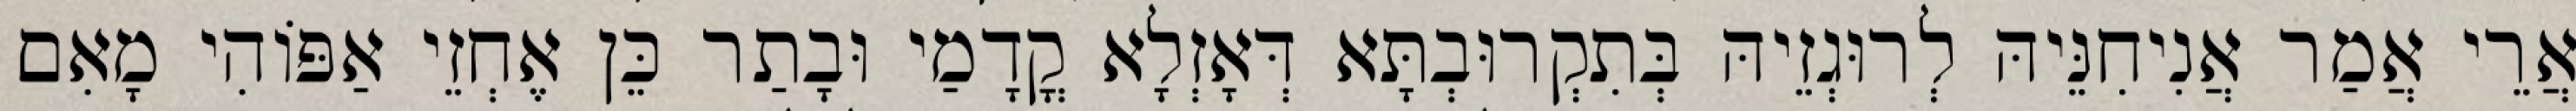
אֲרֵי אֲמַר אֲנִיחִנֵּיהּ לְרוּגְזֵיהּ בְּתִקְרוּבְתָּא דְּאָזְלָא קֳדָמַי וּבָתַר כֵּן אֶחְזֵי אַפּוֹהִי מָאִם